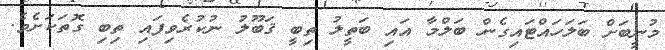
މުނީބަށް ބަލަހައްޓައިގެން ބަލްމާ އައި ބަތީލު ތިބީ ޤަބޫލު ނުކުރެވިފައި ތިބި ގޮތަކަށެވެ.